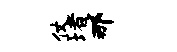
仗堵那